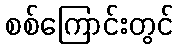
စစ်ကြောင်းတွင်